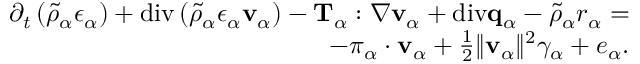
\begin{array} { r } { \partial _ { t } \left( \tilde { \rho } _ { \alpha } \epsilon _ { \alpha } \right) + \mathrm { d i v } \left( \tilde { \rho } _ { \alpha } \epsilon _ { \alpha } \mathbf { v } _ { \alpha } \right) - \mathbf { T } _ { \alpha } : \nabla \mathbf { v } _ { \alpha } + \mathrm { d i v } \mathbf { q } _ { \alpha } - \tilde { \rho } _ { \alpha } r _ { \alpha } = } \\ { - \boldsymbol { \pi } _ { \alpha } \cdot \mathbf { v } _ { \alpha } + \frac { 1 } { 2 } \| \mathbf { v } _ { \alpha } \| ^ { 2 } \gamma _ { \alpha } + e _ { \alpha } . } \end{array}